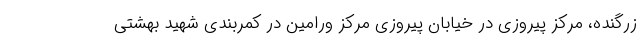
زرگنده، مرکز پیروزی در خیابان پیروزی مرکز ورامین در کمربندی شهید بهشتی